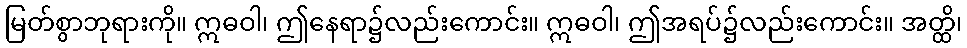
မြတ်စွာဘုရားကို။ ဣဓဝါ၊ ဤနေရာ၌လည်းကောင်း။ ဣဓဝါ၊ ဤအရပ်၌လည်းကောင်း။ အတ္ထိ၊